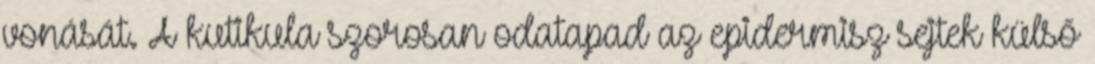
vonását. A kutikula szorosan odatapad az epidermisz sejtek külső